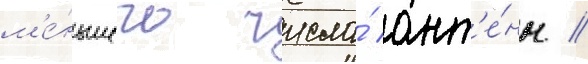
м'е́ньшего числа́ ант'е́нн //